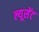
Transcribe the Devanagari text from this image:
ल्यूसेंट